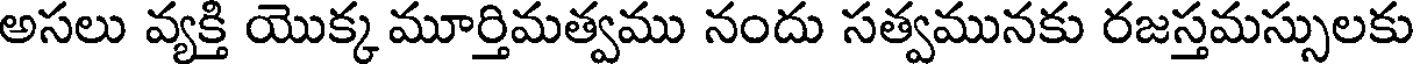
అసలు వ్యక్తి యొక్క మూర్తిమత్వము నందు సత్వమునకు రజస్తమస్సులకు